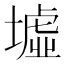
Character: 墟